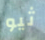
ثيو